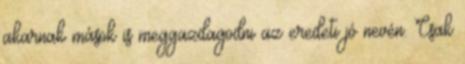
akarnak mások is meggazdagodni az eredeti jó nevén. Csak